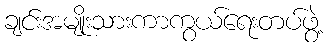
ချင်းအမျိုးသားကာကွယ်ရေးတပ်ဖွဲ့